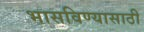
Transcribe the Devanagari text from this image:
भासविण्यासाठी